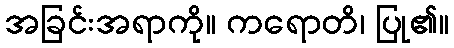
အခြင်းအရာကို။ ကရောတိ၊ ပြု၏။